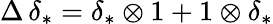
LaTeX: \Delta\, \delta_{*}=\delta_{*}\otimes 1+1\otimes\delta_{*}